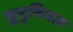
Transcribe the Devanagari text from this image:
जुनुनियत